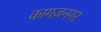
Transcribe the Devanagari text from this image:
कागज़नगर